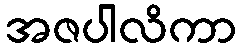
အဇပါလိကာ